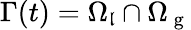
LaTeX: \Gamma(t)=\Omega_{\mathfrak{l}}\cap\Omega_{\mathrm{{~g~}}}